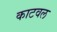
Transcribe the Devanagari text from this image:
काटवल